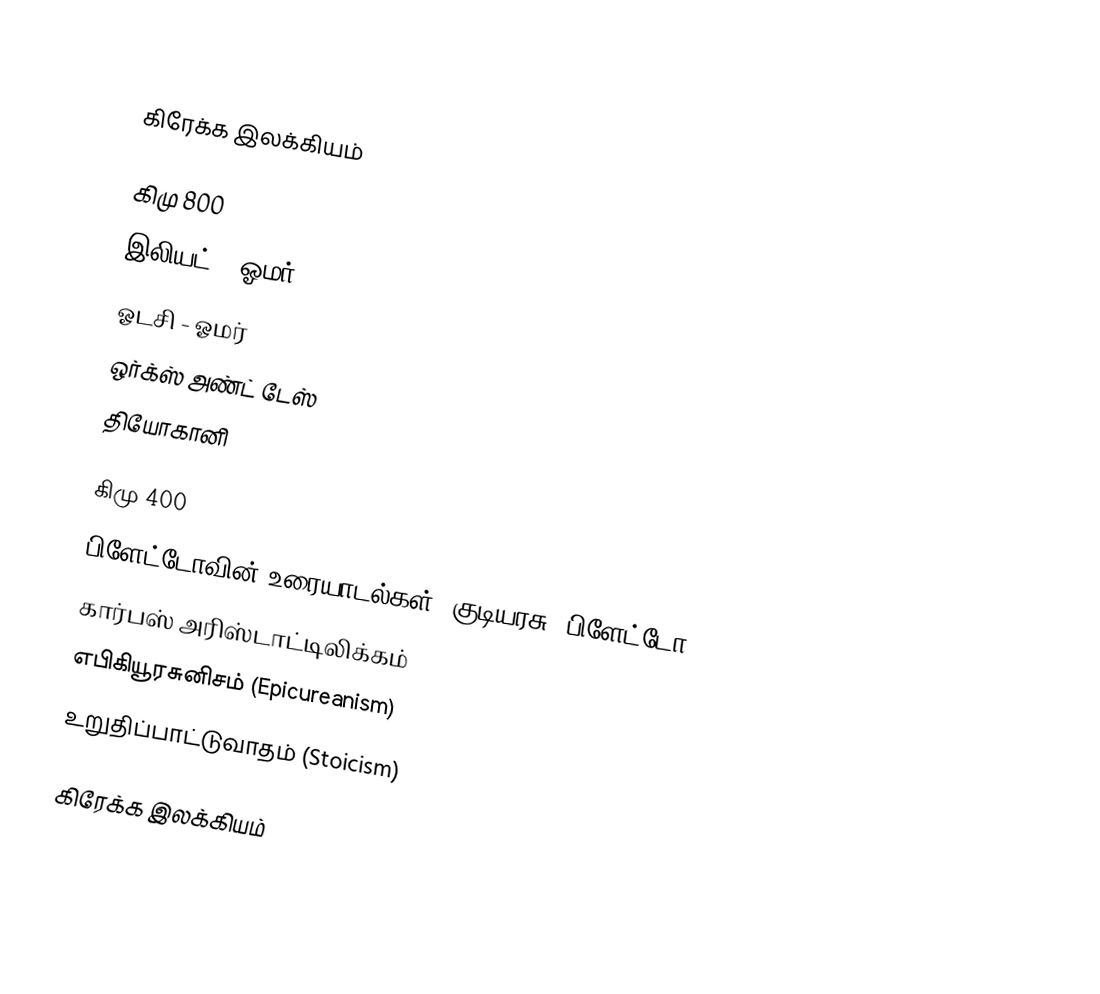

கிரேக்க இலக்கியம்

கிமு 800
 இலியட் - ஓமர்
 ஓடசி - ஓமர்
 ஒர்க்ஸ் அண்ட் டேஸ்
 தியோகானி

கிமு 400
 பிளேட்டோவின் உரையாடல்கள்: குடியரசு (பிளேட்டோ)
 கார்பஸ் அரிஸ்டாட்டிலிக்கம்
 எபிகியூரசுனிசம் (Epicureanism)
 உறுதிப்பாட்டுவாதம் (Stoicism)

கிரேக்க இலக்கியம்